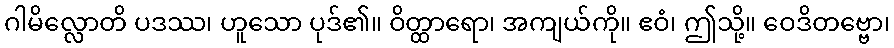
ဂါမိလ္လောတိ ပဒဿ၊ ဟူသော ပုဒ်၏။ ဝိတ္ထာရော၊ အကျယ်ကို။ ဧဝံ၊ ဤသို့။ ဝေဒိတဗ္ဗော၊